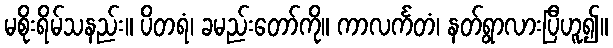
မစိုးရိမ်သနည်း။ ပိတရံ၊ ခမည်းတော်ကို။ ကာလင်္ကတံ၊ နတ်ရွာလားပြီဟူ၍။